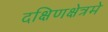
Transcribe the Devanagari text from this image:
दक्षिणक्षेत्रमे